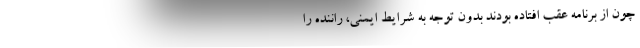
چون از برنامه عقب افتاده بودند بدون توجه به‌ شرایط ایمنی، راننده را